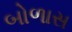
બોળાસ